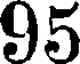
95